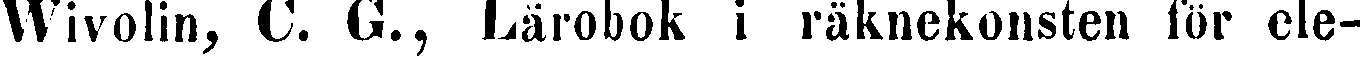
Wivolin, C. G., Lärobok i räknekonsten för ele-